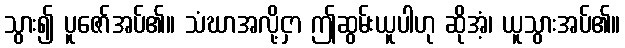
သွား၍ ပူဇော်အပ်၏။ သံဃာအလို့ငှာ ဤဆွမ်းယူပါဟု ဆိုအံ့၊ ယူသွားအပ်၏။